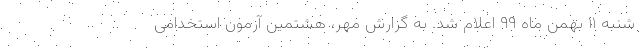
شنبه ۱۱ بهمن ماه ۹۹ اعلام شد. به گزارش مهر، هشتمین آزمون استخدامی